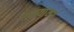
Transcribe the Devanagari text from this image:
रक्षयाम॥